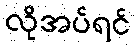
လိုအပ်ရင်